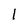
Character: 1